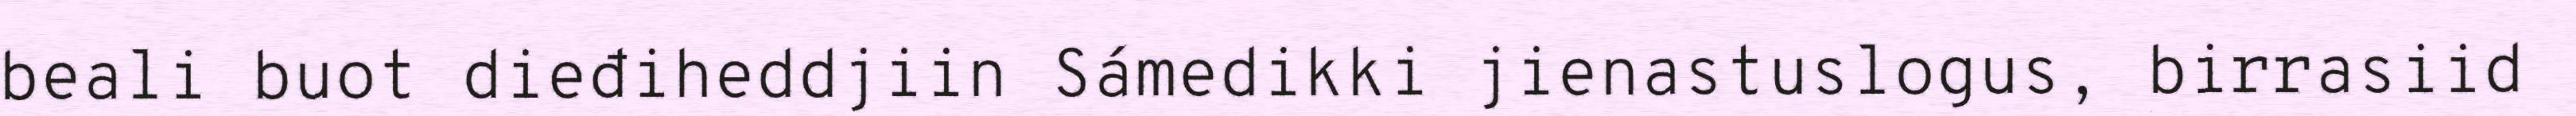
beali buot dieđiheddjiin Sámedikki jienastuslogus, birrasiid